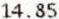
14.85